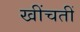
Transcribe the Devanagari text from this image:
खींचतीं